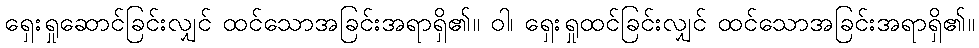
ရှေးရှုဆောင်ခြင်းလျှင် ထင်သောအခြင်းအရာရှိ၏။ ဝါ၊ ရှေးရှုထင်ခြင်းလျှင် ထင်သောအခြင်းအရာရှိ၏။